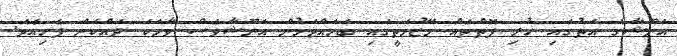
އަނޫޝާގެ އަތުގައި ހުރި ފޮތްތައް މޭޒުމަތީގައި ބަހައްޓަމުން އަނޫޝާވެސް ވާހަކަ ދައްކަން ފެށިއެވެ.